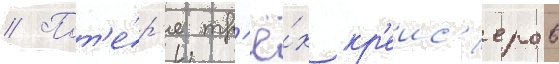
// Пот'е́р'я тр'ё́х кр'еис'еров